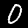
Digit: 0